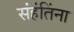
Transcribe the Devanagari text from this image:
संहंतिंना